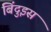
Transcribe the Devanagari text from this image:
बिंदुइस